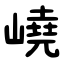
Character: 嶢